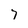
Character: 7